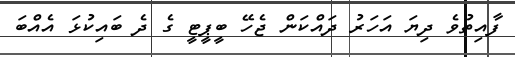
ފާއިތުވެ ދިޔަ އަހަރު ދައްކަން ޖެހޭ ބީޕީޓީ ގެ ދެ ބައިކުޅަ އެއްބަ